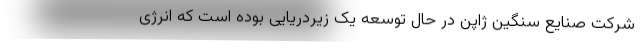
شرکت صنایع سنگین ژاپن در حال توسعه یک زیردریایی بوده است که انرژی